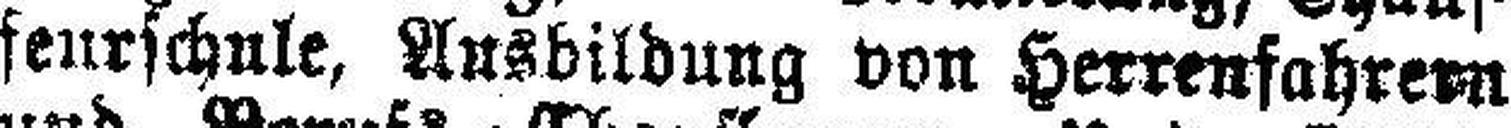
feurschule, Ausbildung von Herrenfahrern